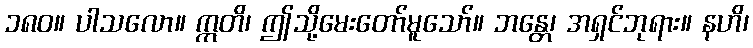
၁၈၀။ ပါသလော။ ဣတိ၊ ဤသို့မေးတော်မူသော်။ ဘန္တေ၊ အရှင်ဘုရား။ နဟိ၊